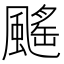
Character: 䬙